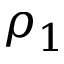
\rho _ { 1 }